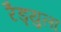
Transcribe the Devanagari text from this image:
रैड्युला